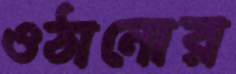
ওঠানোর